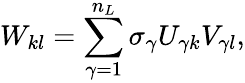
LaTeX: W_{kl}=\sum_{\gamma=1}^{n_{L}}\sigma_{\gamma}U_{\gamma k}V_{\gamma l},